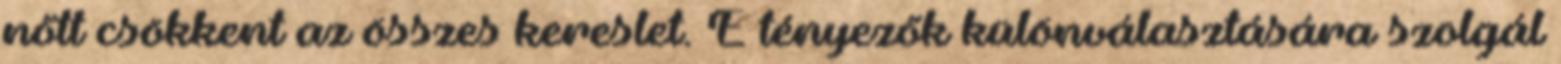
nőtt csökkent az összes kereslet. E tényezők különválasztására szolgál